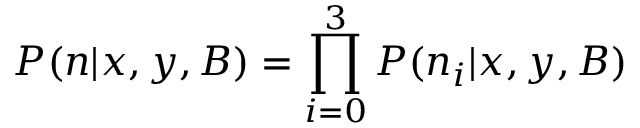
P ( { \boldsymbol n } | x , y , B ) = \prod _ { i = 0 } ^ { 3 } P ( n _ { i } | x , y , B )